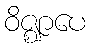
ဝိဇ္ဈာပေ